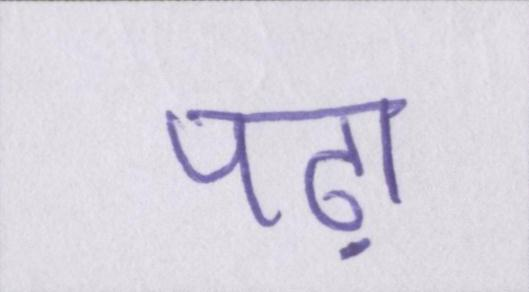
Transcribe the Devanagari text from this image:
पढ़ा